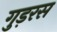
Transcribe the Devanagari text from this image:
गुड़रस